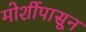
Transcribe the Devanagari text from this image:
मोर्शीपासून